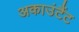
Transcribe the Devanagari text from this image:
अकाउंटैंट